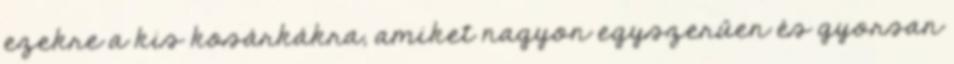
ezekre a kis kosárkákra, amiket nagyon egyszerűen és gyorsan